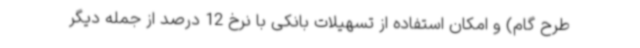
طرح گام) و امکان استفاده از تسهیلات بانکی با نرخ 12 درصد از جمله دیگر